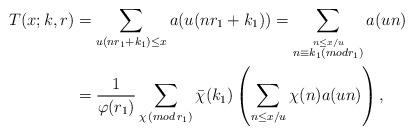
LaTeX: \begin{align*}T(x; k, r) & = \sum_{u (n r_{1}+ k_{1}) \leq x} a( u( n r_{1}+ k_{1}))= \sum_{\stackrel{n \leq x/u}{ n \equiv k_{1} (mod r_{1})}} a(u n) \\&=\frac{1}{\varphi(r_{1})} \sum_{\chi \, (mod \,r_{1})} \bar{\chi}(k_{1}) \left(\sum_{ n\leq x/u} \chi(n) a(u n)\right ),\end{align*}